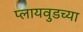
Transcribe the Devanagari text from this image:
प्लायवुडच्या